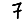
Digit: 7